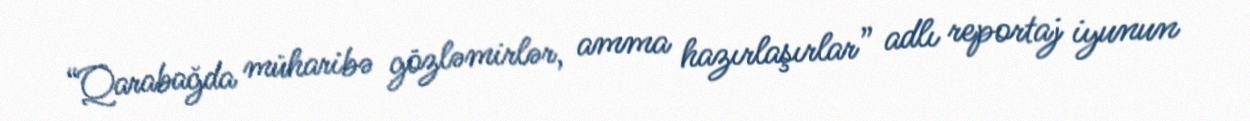
“Qarabağda müharibə gözləmirlər, amma hazırlaşırlar” adlı reportaj iyunun